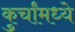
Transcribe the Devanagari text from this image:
कुर्चांमध्ये